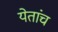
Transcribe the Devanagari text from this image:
येतांच